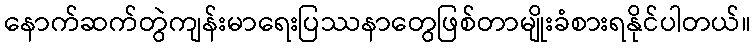
နောက်ဆက်တွဲကျန်းမာရေးပြဿနာတွေဖြစ်တာမျိုးခံစားရနိုင်ပါတယ်။